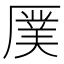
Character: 𪠖